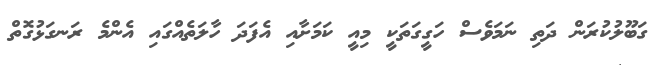
ގަބޫލުކުރަން ދަތި ނަމަވެސް ހަގީގަތަކީ މިއީ ކަމަށާއި އެފަދަ ހާލަތެއްގައި އެންމެ ރަނގަޅުގޮތް